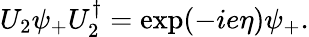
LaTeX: U_{2}\psi_{+}U_{2}^{\dagger}=\exp(-ie\eta)\psi_{+}.